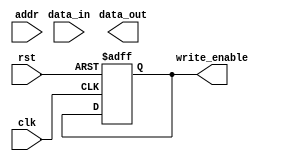
module memory_controller (
    input wire clk,
    input wire rst,
    input wire [31:0] addr,
    input wire [31:0] data_in,
    output wire [31:0] data_out,
    output wire write_enable
);

// Address decoder
reg [31:0] memory_location;
always @ (posedge clk or posedge rst) begin
    if (rst) begin
        memory_location <= 0;
    end else begin
        case(addr)
            // Specify memory locations here
            // for data read or write operations
            // Example: 32'h00000000 : memory_location <= 32'h80000000;
        endcase
    end
end

// Data buffer
reg [31:0] data_buffer;
always @ (posedge clk or posedge rst) begin
    if (rst) begin
        data_buffer <= 0;
    end else begin
        if (write_enable) begin
            data_buffer <= data_in;
        end else begin
            data_buffer <= data_buffer;
        end
    end
end

// Write enable signal generator
reg write_enable_signal;
always @ (posedge clk or posedge rst) begin
    if (rst) begin
        write_enable_signal <= 0;
    end else begin
        // Generate write enable signal logic here
        // Example: write_enable_signal <= (some condition);
    end
end

assign write_enable = write_enable_signal;

// Read/write operation controller
always @ (posedge clk or posedge rst) begin
    if (rst) begin
        // Reset controller logic here
        // Example: // initialization of controller signals
    end else begin
        // Manage data transfer flow between memory and processor
        // based on read or write operation being performed
    end
end

// Overall memory controller functionality
// Provide efficient and accurate control over memory access and data transfer processes

endmodule